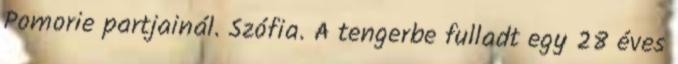
Pomorie partjainál. Szófia. A tengerbe fulladt egy 28 éves